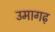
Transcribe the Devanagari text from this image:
उमागढ़